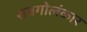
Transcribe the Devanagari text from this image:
सबगोलंकार